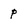
Character: p